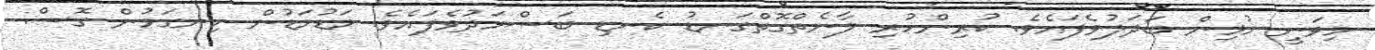
މިވަނީ މުޅިން ބަދަލުވެފައެވެ. ކުރިންހުރި ލާނެތްގޮތްގަނޑު ކެނޑި ބަސްމަދުވެފައެވެ. މަޑުމަޑުން ހިނގަމުން ގޮސް